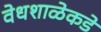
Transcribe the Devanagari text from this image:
वेधशाळेकडे